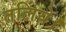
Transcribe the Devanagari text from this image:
तलिये।